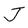
Character: J